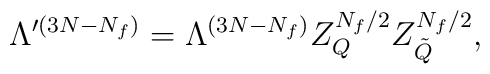
\Lambda^{\prime (3N-N_{f})} = \Lambda^{(3N-N_{f})}                Z_{Q}^{N_{f}/2} Z_{\tilde{Q}}^{N_{f}/2},